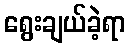
ရွေးချယ်ခဲ့ရာ